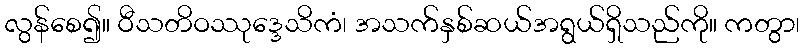
လွန်စေ၍။ ဝီသတိဝဿုဒ္ဒေသိကံ၊ အသက်နှစ်ဆယ်အရွယ်ရှိသည်ကို။ ကတွာ၊